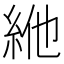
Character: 𥿞